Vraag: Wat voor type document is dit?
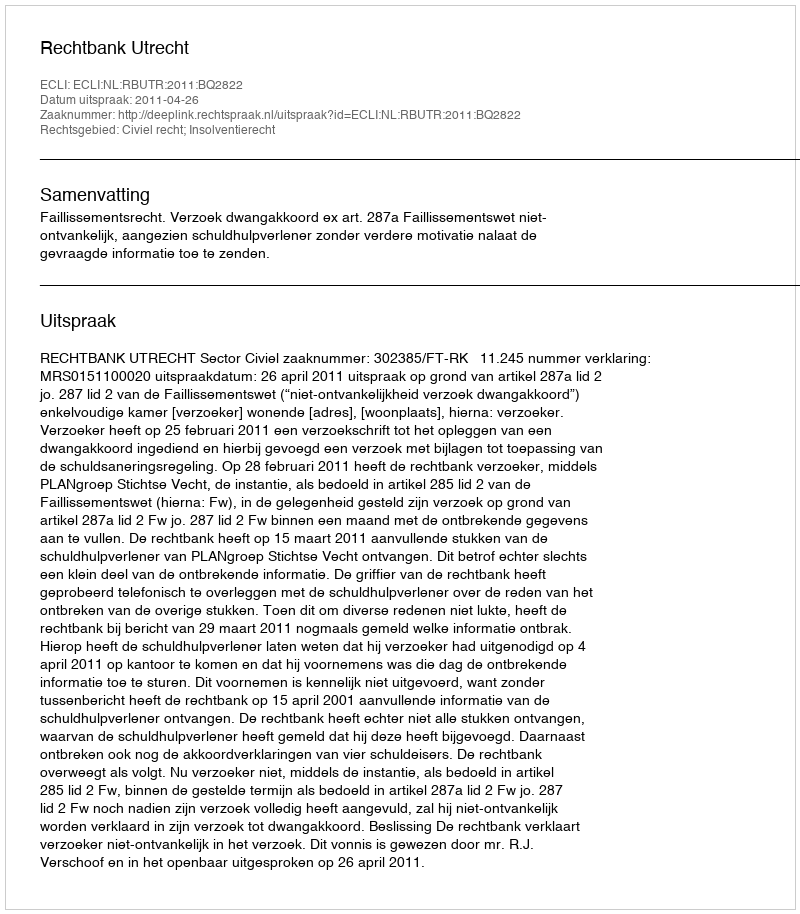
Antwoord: Uitspraak